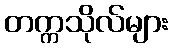
တက္ကသိုလ်များ